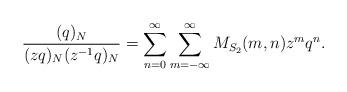
LaTeX: \begin{align*}\frac{(q)_N}{(z q)_N(z^{-1}q)_N} = \sum_{n=0}^\infty\sum_{m=-\infty}^{\infty} M_{S_2}(m, n) z^m q^n. \end{align*}